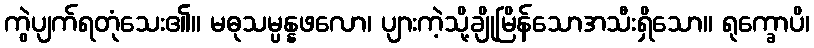
ကွဲပျက်ရတုံသေး၏။ မဓုသမ္ပန္နဖလော၊ ပျားကဲ့သို့ချိုမြိန်သောအသီးရှိသော။ ရုက္ခောပိ၊